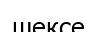
шексе